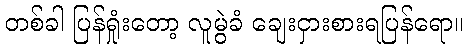
တစ်ခါ ပြန်ရှုံးတော့ လူမွဲခံ ချေးငှားစားရပြန်ရော။